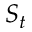
S _ { t }